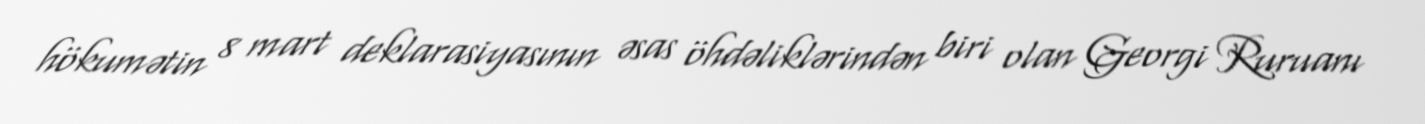
hökumətin 8 mart deklarasiyasının əsas öhdəliklərindən biri olan Georgi Ruruanı